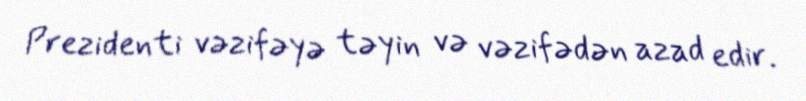
Prezidenti vəzifəyə təyin və vəzifədən azad edir.